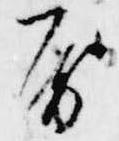
房